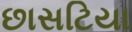
છાસટિયા